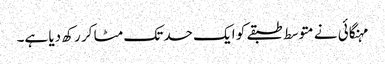
مہنگائی نے متوسط طبقے کو ایک حد تک مٹا کر رکھ دیا ہے۔